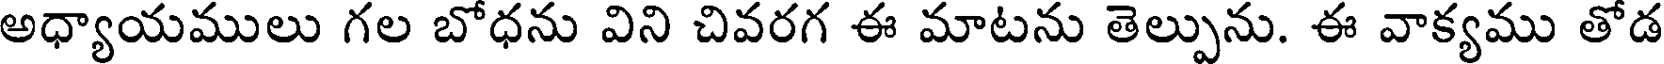
అధ్యాయములు గల బోధను విని చివరగ ఈ మాటను తెల్పును. ఈ వాక్యము తోడ